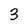
Character: 3